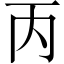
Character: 丙